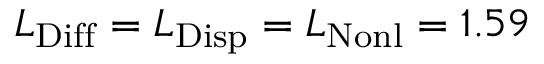
L _ { \mathrm { D i f f } } = L _ { \mathrm { D i s p } } = L _ { \mathrm { N o n l } } = 1 . 5 9